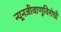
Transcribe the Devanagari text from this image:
न्यूनजीवाणुविरोधी